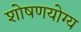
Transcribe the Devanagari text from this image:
शोषणयोग्य